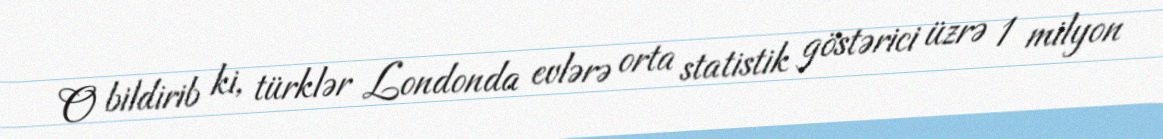
O bildirib ki, türklər Londonda evlərə orta statistik göstərici üzrə 1 milyon